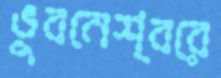
ভুবনেশ্বরে